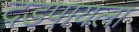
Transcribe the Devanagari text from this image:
दडपायला